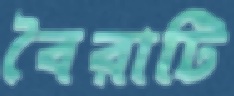
বৈরাটি